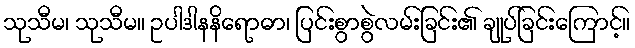
သုသီမ၊ သုသီမ။ ဥပါဒါနနိရောဓာ၊ ပြင်းစွာစွဲလမ်းခြင်း၏ ချုပ်ခြင်းကြောင့်။